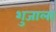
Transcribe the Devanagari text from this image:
शुजाला